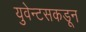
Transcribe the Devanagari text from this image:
युवेन्टसकडून